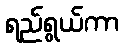
ရည်ရွယ်ကာ